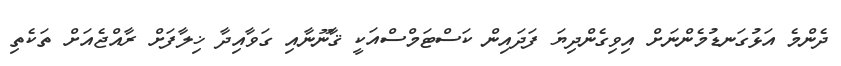
ދެންމެ އަޅުގަނޑުމެންނަށް އިވިގެންދިޔަ ފަދައިން ކަސްޓަމްސްއަކީ ޤާނޫނާއި ގަވާއިދާ ޚިލާފަށް ރާއްޖެއަށް ތަކެތި